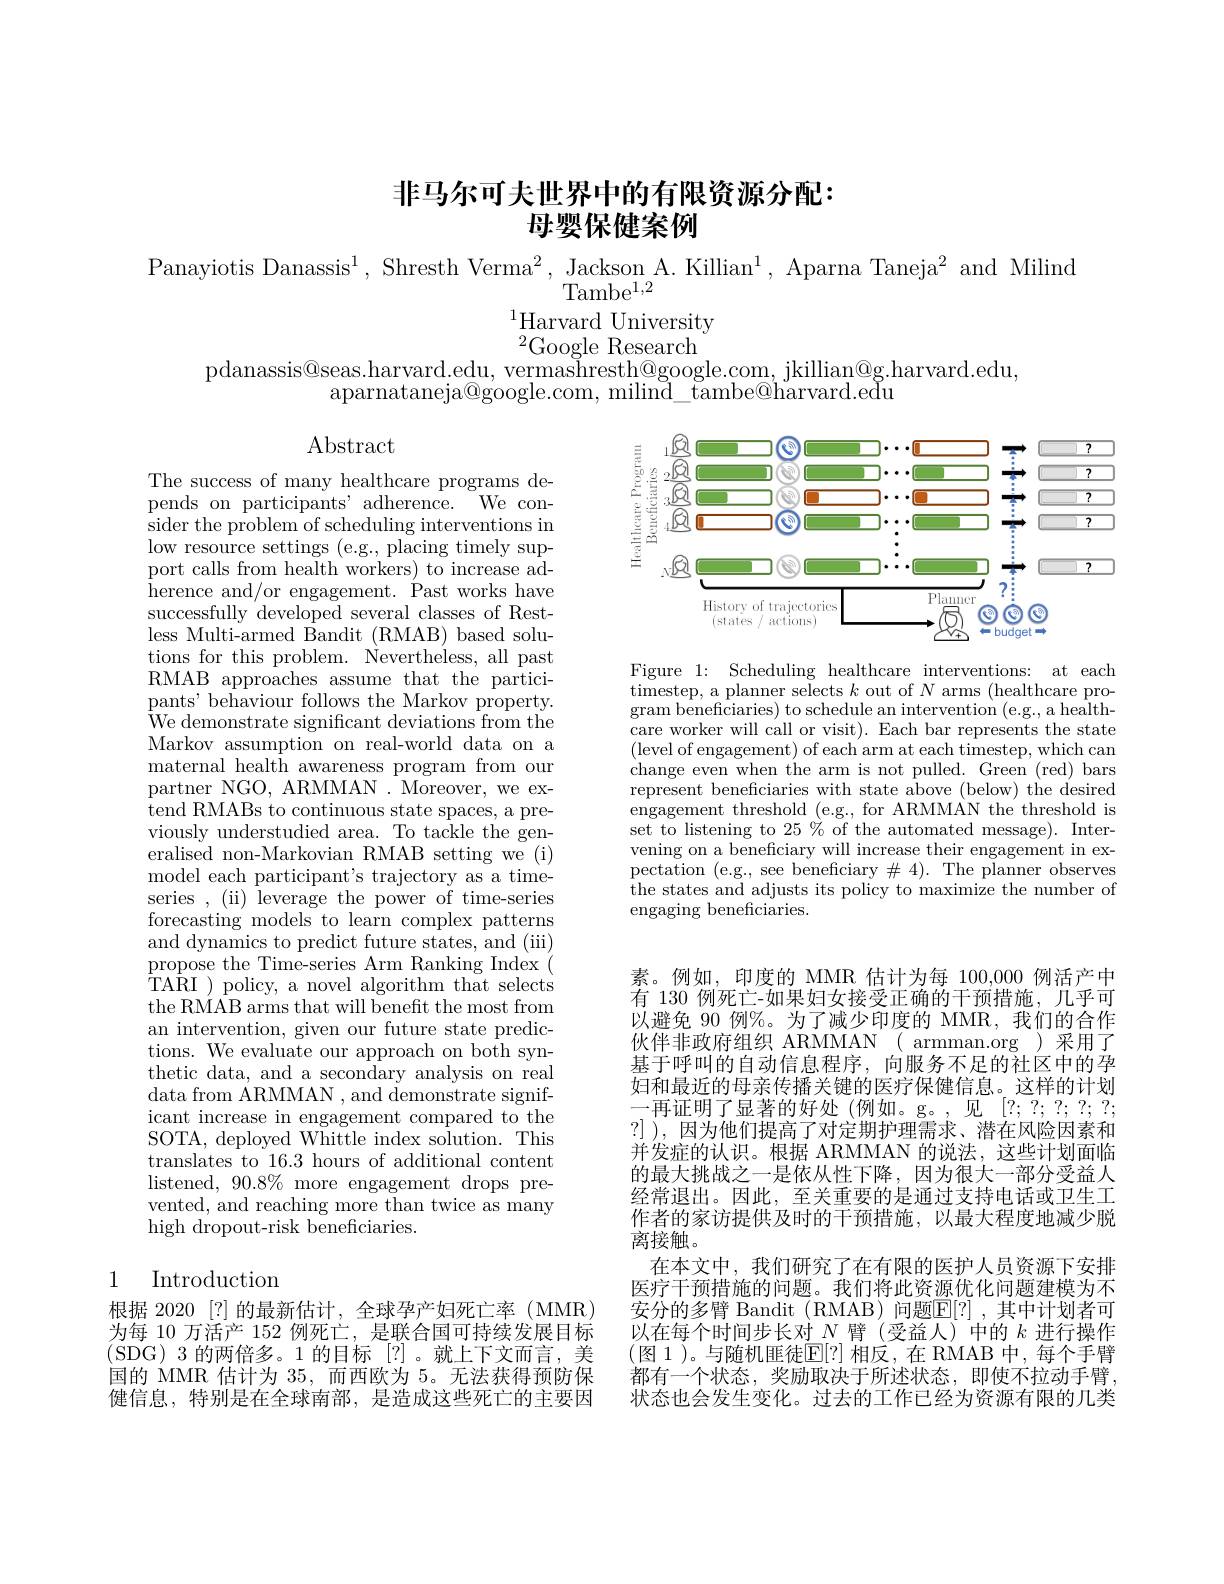
# 非马尔可夫世界中的有限资源分配： 母婴保健案例

$\begin{array}{l}{\mathrm{Panayiotis~Danassis}^{1},\mathrm{~Shresth~Verma}^{2},\mathrm{~Jackson~A.~Killian}^{1},\mathrm{~Aparna~Taneja}^{2}\mathrm{~and~Milind}}\\{\mathrm{Tambe}^{1,2}}\end{array}$

$^{1}$Harvard University ${}^{2}$Google Research

pdanassis@seas.harvard.edu, vermashresth@google.com, jkillian@g.harvard.edu
aparnataneja@google.com, milind\_tambe@harvard.eđu

Abstract

<FigureHere>

Figure 1: Scheduling healthcare interventions: at each timestep, a planner selects $k$ out of $N$ arms (healthcare program beneficiaries) to schedule an intervention (e.g., a healthcare worker will call or visit). Each bar represents the state (level of engagement) of each arm at each timestep, which can change even when the arm is not pulled. Green (red) bars represent beneficiaries with state above (below) the desired engagement threshold (e.g., for ARMMAN the threshold is set to listening to $25\%$ of the automated message). Intervening on a beneficiary will increase their engagement in expectation ( e. g. , see beneficiary $\#$ 4) . The planner observes the states and adjusts its policy to maximize the number of engaging beneficiaries.

The success of many healthcare programs depends on participants' adherence. We consider the problem of scheduling interventions in low resource settings (e.g., placing timely support calls from health workers) to increase adherence and/or engagement. Past works have successfully developed several classes of Restless Multi-armed Bandit (RMAB) based solutions for this problem. Nevertheless, all past RMAB approaches assume that the participants' behaviour follows the Markov property. We demonstrate significant deviations from the Markov assumption on real-world data on a maternal health awareness program from our partner NGO, ARMMAN. Moreover, we extend RMABs to continuous state spaces, a previously understudied area. To tackle the generalised non-Markovian RMAB setting we (i) model each participant's trajectory as a timeseries , (ii) leverage the power of time-series forecasting models to learn complex patterns and dynamics to predict future states, and (iii) propose the Time-series Arm Ranking Index ( TARI )policy, a novel algorithm that selects the RMAB arms that will beneft the most from an intervention, given our future state predictions. We evaluate our approach on both synthetic data, and a secondary analysis on real ${\mathrm{data~from~ARMMAN~,~and~demonstrate~signif-}}$ icant increase in engagement compared to the SOTA, deployed Whittle index solution. This translates to 16.3 hours of additional content listened, $90.8\%$ more engagement drops prevented, and reaching more than twice as many high dropout-risk beneficiaries.

素。例如，印度的 MMR 估计为每 100,000 例活产中有 130 例死亡-如果妇女接受正确的干预措施，几乎可以避免 90 例%。为了减少印度的 MMR,我们的合作伙伴非政府组织 ARMMAN( armman.org)采用了基于呼叫的自动信息程序，向服务不足的社区中的孕妇和最近的母亲传播关键的医疗保健信息。这样的计划一再证明了显著的好处(例如。g。,见[2;2;2;2;2;2;2;2]) ?]),因为他们提高了对定期护理需求、潜在风险因素和并发症的认识。根据 ARMMAN 的说法，这些计划面临的最大挑战之一是依从性下降，因为很大一部分受益人经常退出。因此，至关重要的是通过支持电话或卫生工作者的家访提供及时的干预措施，以最大程度地减少脱离接触。
在本文中，我们研究了在有限的医护人员资源下安排医疗干预措施的问题。我们将此资源优化问题建模为不安分的多臂 Bandit (RMAB) 问题$\mathbb{E}[?]$ ,其中计划者可以在每个时间步长对$N$臂 (受益人)中的$k$进行操作(图 1)。与随机匪徒$\mathbb{E}[?]$ 相反，在 RMAB 中，每个手臂都有一个状态，奖励取决于所述状态，即使不拉动手臂， 状态也会发生变化。过去的工作已经为资源有限的几类

## 1 Introduction

根据 2020 [?] 的最新估计，全球孕产妇死亡率 (MMR) 为每 10 万活产 152 例死亡，是联合国可持续发展目标(SDG)3的两倍多。1 的目标[?]。就上下文而言，美国的 MMR 估计为35，而西欧为 5。无法获得预防保健信息，特别是在全球南部，是造成这些死亡的主要因